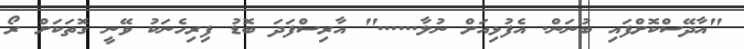
"އާދޭސްކޮށްފައި ބުނަން. އެފުޅިއަށް ނުލާ......" އާރިސްފަދަ ބޮޑު ފިރިހެނަކު ވޭނީ ގޮތަކަށް ރޯ